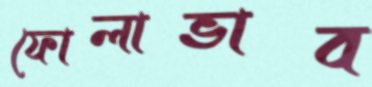
ফোলাভাব